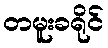
တမူးခရိုင်